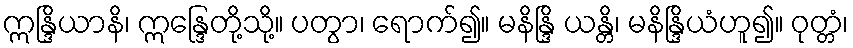
ဣန္ဒြိယာနိ၊ ဣန္ဒြေတို့သို့။ ပတွာ၊ ရောက်၍။ မနိန္ဒြိ ယန္တိ၊ မနိန္ဒြိယံဟူ၍။ ဝုတ္တံ၊